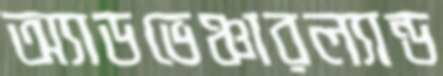
অ্যাডভেঞ্চারল্যান্ড